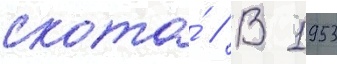
скота́ // В 1953